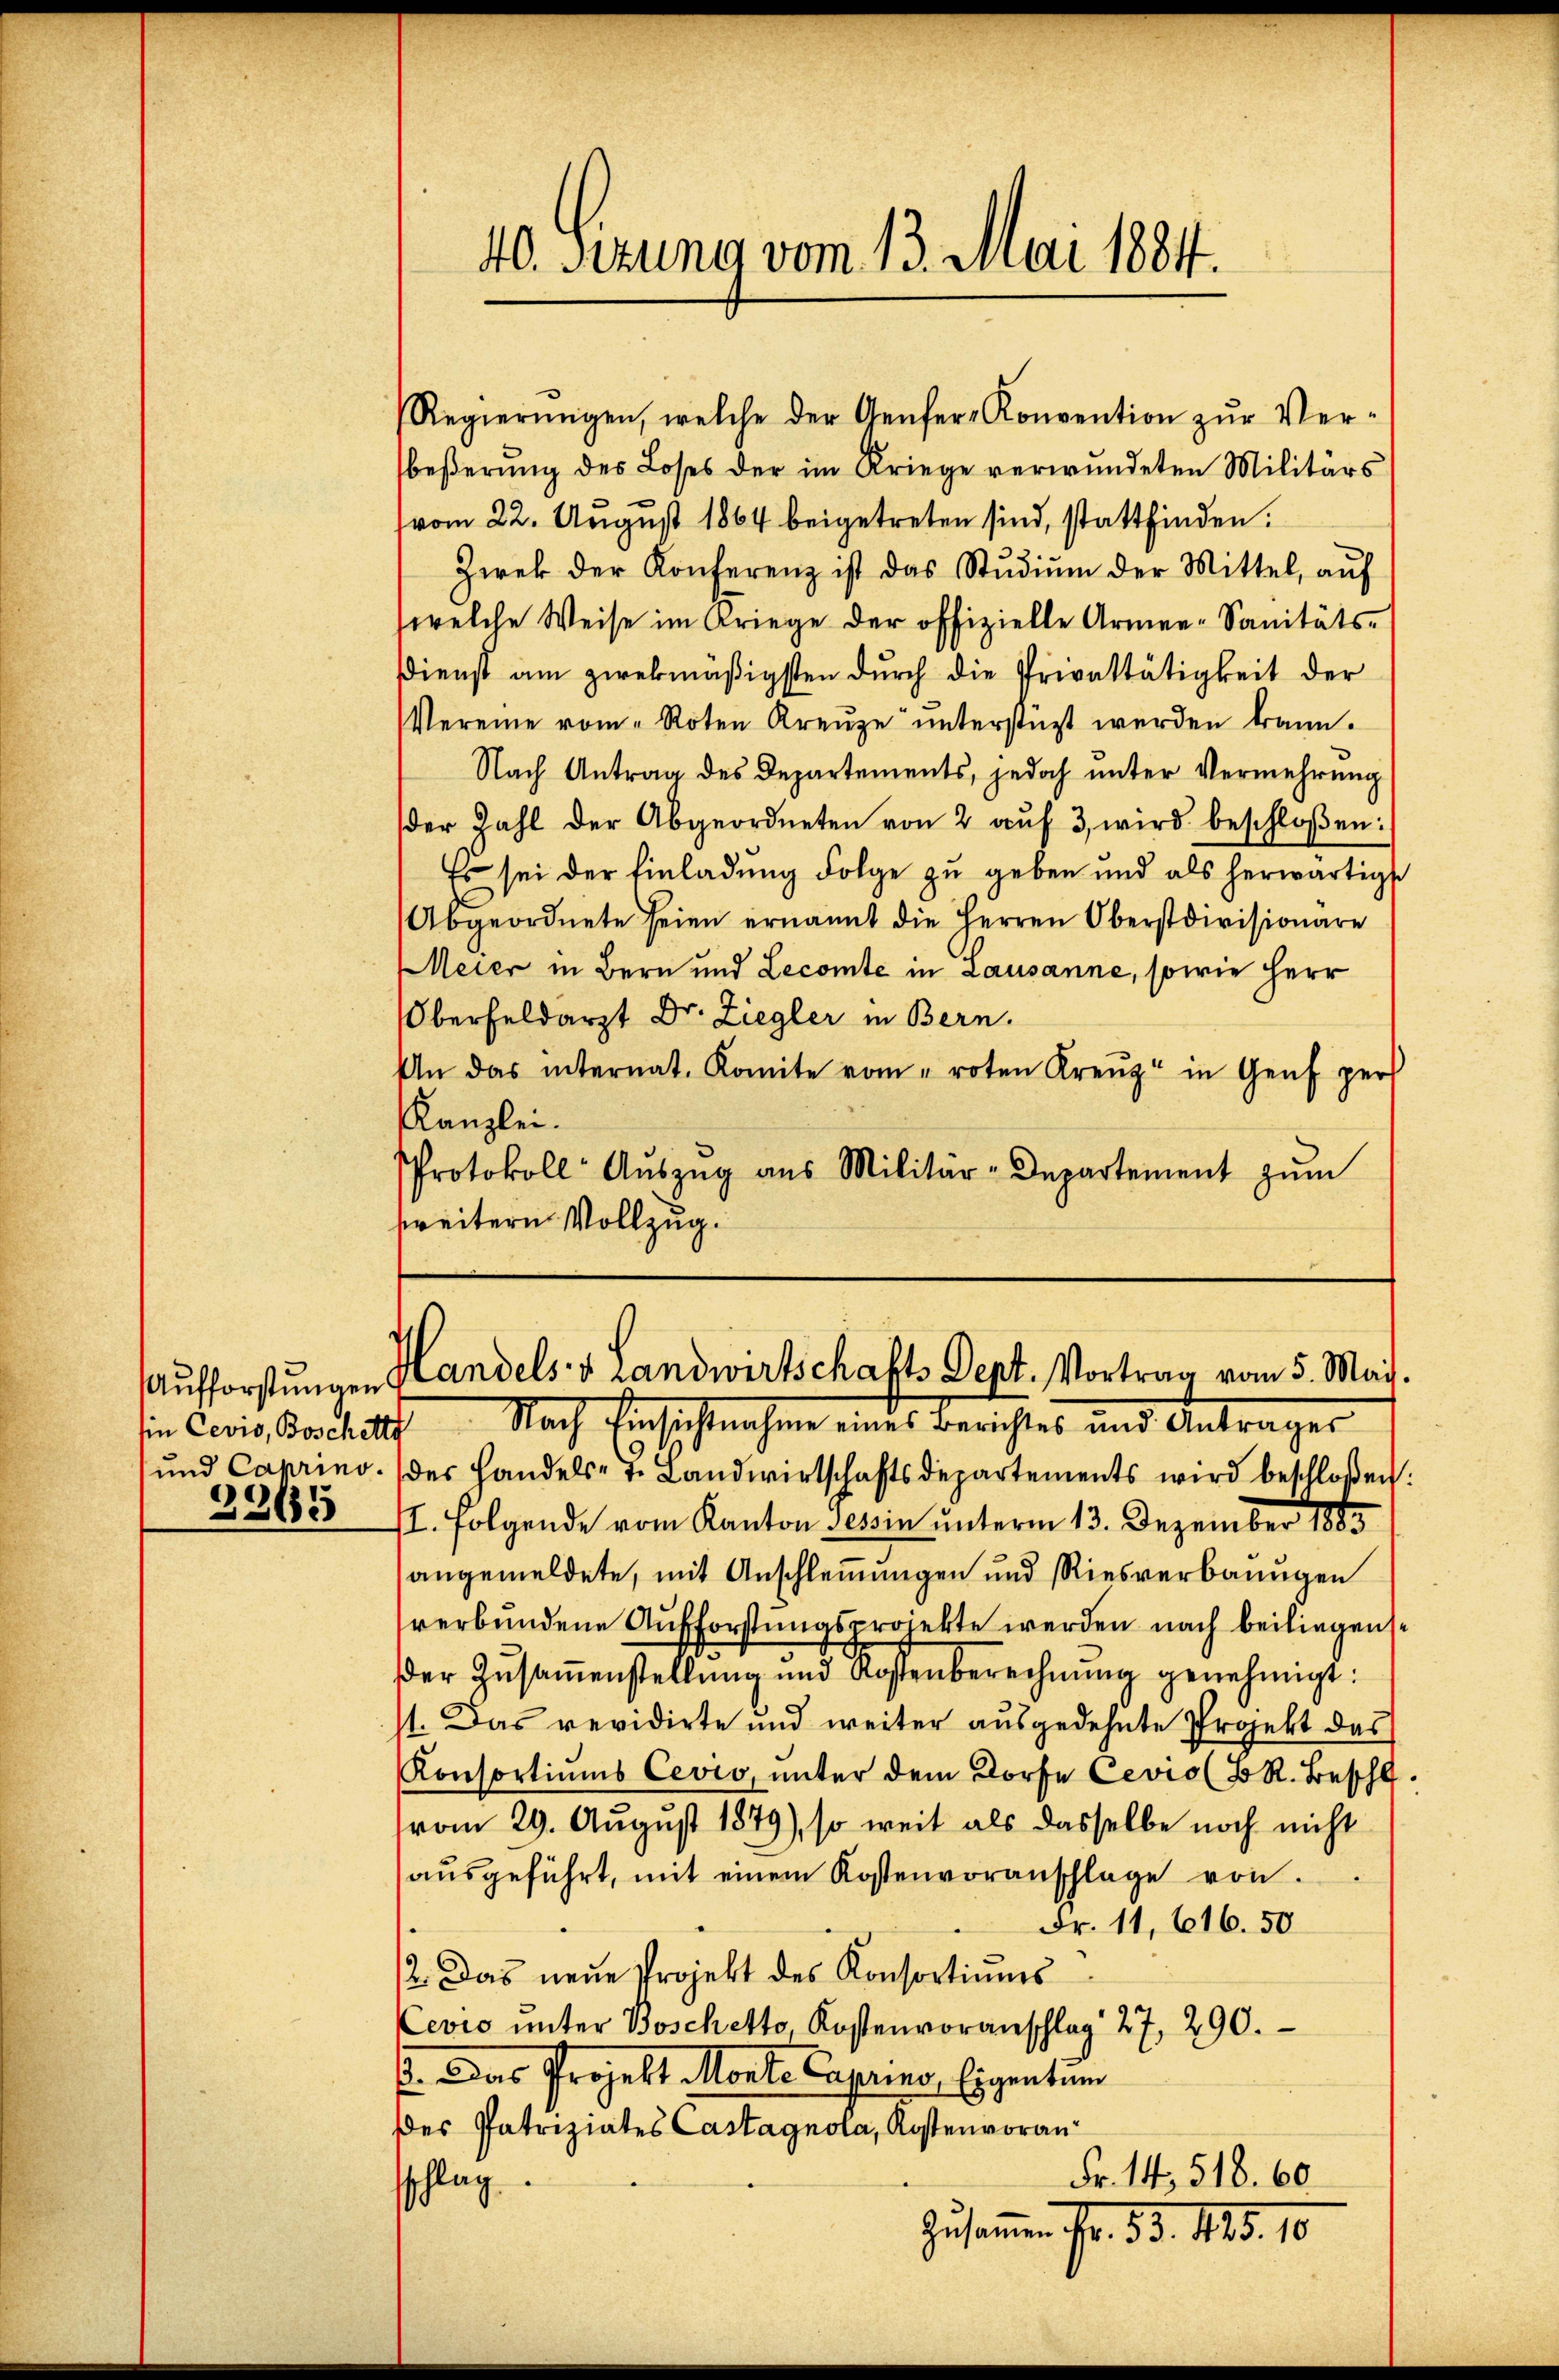
3365

beßerung des Loses der im Kriege verwundeten Militärs
vom 22. August 1864 beigetreten sind, stattfinden.
Zwek der Konferenz ist das Stŭdiŭm der Mittel, aŭf
welche Weise im Kriege der offizielle Armee-Sanitäts-
Dienst am zwekmäßigsten durch die Privattätigkeit der
Vereine vom "Roten Kreŭze ŭnterstüzt werden kann.
Nach Antrag des Departements, jedoch unter Vermehrung
der Zahl der Abgeordneten von 2 aŭf 3 wird beschloßen:
Es sei der Einladung Folge zu geben und als herwärtigst
Abgeordnete seien ernannt die Herren Oberstdivisionäre
Meier in Bern und Lecomte in Lausanne, sowie Herr
Oberfeldarzt Dr. Ziegler in Bern.
An das internat. Komite vom roten Kreŭz in Genf pers
Kanzlei.
Protokoll Aŭszŭg aŭs Militär-Departement zŭm
weitern Vollzug.

40. Sizung vom 13. Mai 1884.

Regierŭngen, welche der Genfer-Konvention zŭr Ver-

Aufforstungen Handels- & Landwirtschafts Sept. Vortrag vom 5. Mai.

in Coris Vorstatth. Nach Einsichtnahme eines Berichtes und Antrages
und Caprino. (des Handels- t. Landwirtschaftsdepartements wird beschloßen:
II. Folgende vom Kanton Tessin unterm 13. Dezember 1883
angemeldete, mit Anschlemmungen und Riesverbaugen
verbundene Aufforstungsprojekte werden nach beiliegense
er Zŭsaṁenstellung und Kostenberechnŭng genehmigt:
st. Das revidirte und weiter ausgedehnte Projekt des
Konsortiums Cevio, unter dem Dorfe Cevio (BR. Beschl.
vom 29. August 1879), so weit als dasselbe noch nicht
aŭsgeführt, mit einem Kostenvoranschlage von
Fr. 11, 616. 50
12. Das neŭe Projekt des Konsortiŭms
Cevio unter Boschetto, Kostenvoranschlag 27, 290.
p. Das Projekt Monte Caprino, Eigentum
des Patriziates Castagnola, Kostenvoran¬
Fr. 14, 518. 60.
sschlag
Zusammen Fr. 55. 115. 10